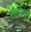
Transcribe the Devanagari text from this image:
दोहोंतही